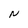
Character: N